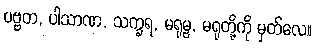
ပဗ္ဗတ, ပါသာဏ, သက္ခရ, မရုမ္ဗ, မရုတို့ကို မှတ်လေ။